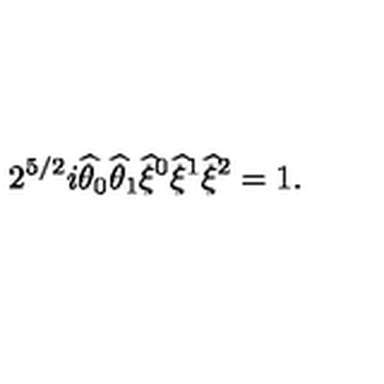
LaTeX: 2 ^ { 5 / 2 } i \widehat { \theta } _ { 0 } \widehat { \theta } _ { 1 } \widehat { \xi } { } ^ { 0 } \widehat { \xi } { } ^ { 1 } \widehat { \xi } { } ^ { 2 } = 1 .